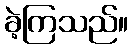
ခဲ့ကြသည်။